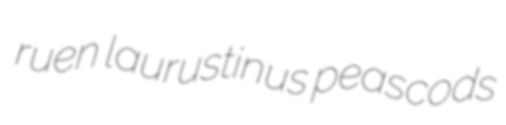
ruen laurustinus peascods